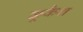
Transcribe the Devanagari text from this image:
कूकैश